Civil Veterinary Department. Central Provinces & Berar 1932-41 - 1932-1941
Year: 1932
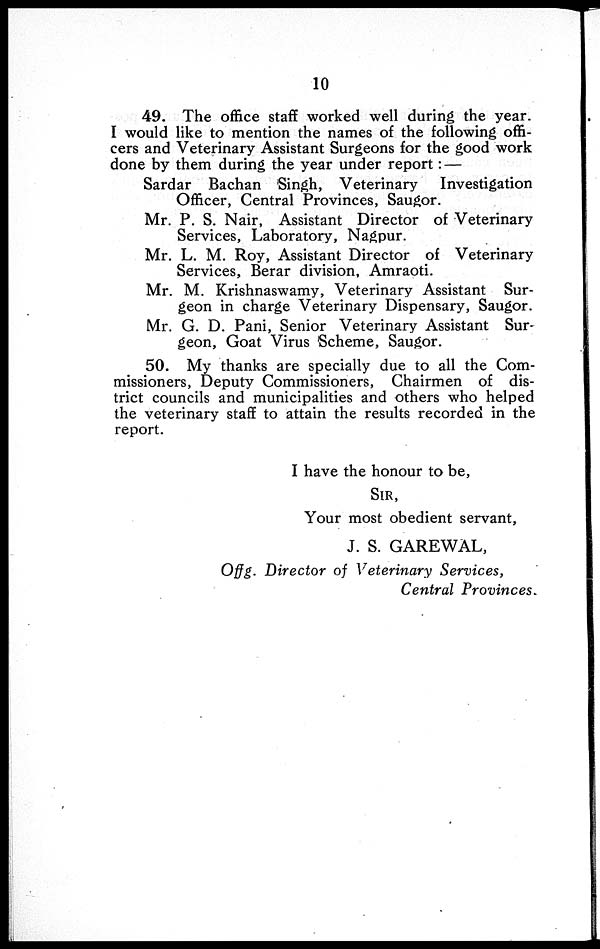
10
49. The office staff worked well during the year.
I would like to mention the names of the following offi-
cers and Veterinary Assistant Surgeons for the good work
done by them during the year under report: —
Sardar Bachan Singh, Veterinary
Investigation
Officer, Central Provinces, Saugor.
Mr. P. S. Nair, Assistant Director of Veterinary
Services, Laboratory, Nagpur.
Mr. L. M. Roy, Assistant Director of Veterinary
Services, Berar division, Amraoti.
Mr. M. Krishnaswamy, Veterinary Assistant Sur-
geon in charge Veterinary Dispensary, Saugor.
Mr. G. D. Pani, Senior Veterinary Assistant Sur-
geon, Goat Virus Scheme, Saugor.
50. My thanks are specially due to all the Com-
missioners, Deputy Commissioners, Chairmen of dis-
trict councils and municipalities and others who helped
the veterinary staff to attain the results recorded in the
report.
I have the honour to be,
SIR,
Your most obedient servant,
J. S. GAREWAL,
Offg. Director of Veterinary Services,
Central Provinces.